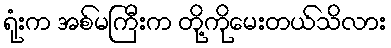
ရုံးက အစ်မကြီးက တို့ကိုမေးတယ်သိလား